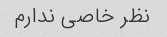
نظر خاصی ندارم